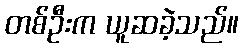
တစ်ဦးက ယူဆခဲ့သည်။